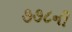
૭૭૮ની